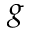
g